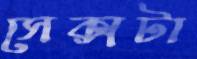
সেক্সটা